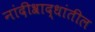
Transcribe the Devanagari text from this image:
नांदीश्राद्धांतील